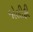
જોલીફી